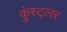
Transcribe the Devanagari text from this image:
कुंस्ट्लर